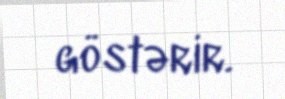
göstərir.